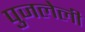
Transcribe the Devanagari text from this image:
पुजलेली